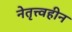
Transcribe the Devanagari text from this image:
नेतृत्त्वहीन